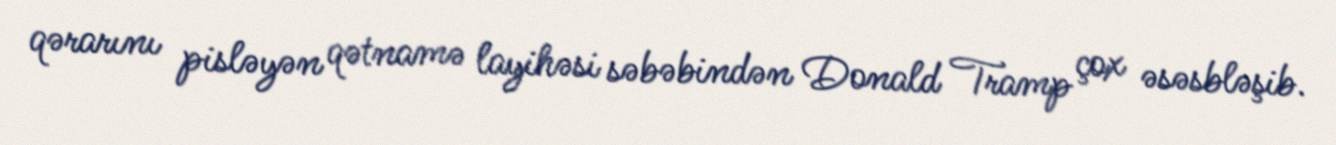
qərarını pisləyən qətnamə layihəsi səbəbindən Donald Tramp çox əsəsbləşib.